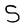
Character: S